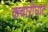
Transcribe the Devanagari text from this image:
कचारीघाट